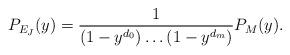
LaTeX: \begin{align*}P_{E_J}(y)=\frac{1}{ (1- y^{d_0})\ldots (1-y^{d_m})} P_M(y).\end{align*}